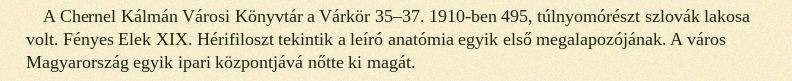
A Chernel Kálmán Városi Könyvtár a Várkör 35–37. 1910-ben 495, túlnyomórészt szlovák lakosa volt. Fényes Elek XIX. Hérifiloszt tekintik a leíró anatómia egyik első megalapozójának. A város Magyarország egyik ipari központjává nőtte ki magát.